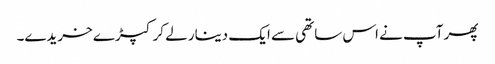
پھر آپ نے اس ساتھی سے ایک دینار لے کر کپڑے خریدے۔